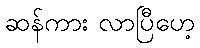
ဆန်ကား လာပြီဟေ့